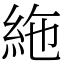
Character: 絁